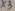
Text: x3